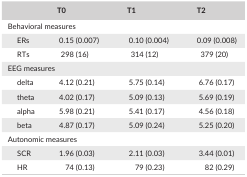
|  | T0 | T1 | T2 |
 | --- | --- | --- | --- |
 | <COLSPAN=4> Behavioral measures |
 | ERs | 0.15 (0.007) | 0.10 (0.004) | 0.09 (0.008) |
 | RTs | 298 (16) | 314 (12) | 379 (20) |
 | <COLSPAN=4> EEG measures |
 | delta | 4.12 (0.21) | 5.75 (0.14) | 6.76 (0.17) |
 | theta | 4.02 (0.17) | 5.09 (0.13) | 5.69 (0.19) |
 | alpha | 5.98 (0.21) | 5.41 (0.17) | 4.56 (0.18) |
 | beta | 4.87 (0.17) | 5.09 (0.24) | 5.25 (0.20) |
 | <COLSPAN=4> Autonomic measures |
 | SCR | 1.96 (0.03) | 2.11 (0.03) | 3.44 (0.01) |
 | HR | 74 (0.13) | 79 (0.23) | 82 (0.29) |